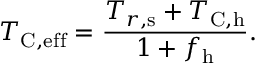
T _ { \mathrm { C , e f f } } = \frac { T _ { r , \mathrm { s } } + T _ { \mathrm { C , h } } } { 1 + f _ { \mathrm { h } } } .